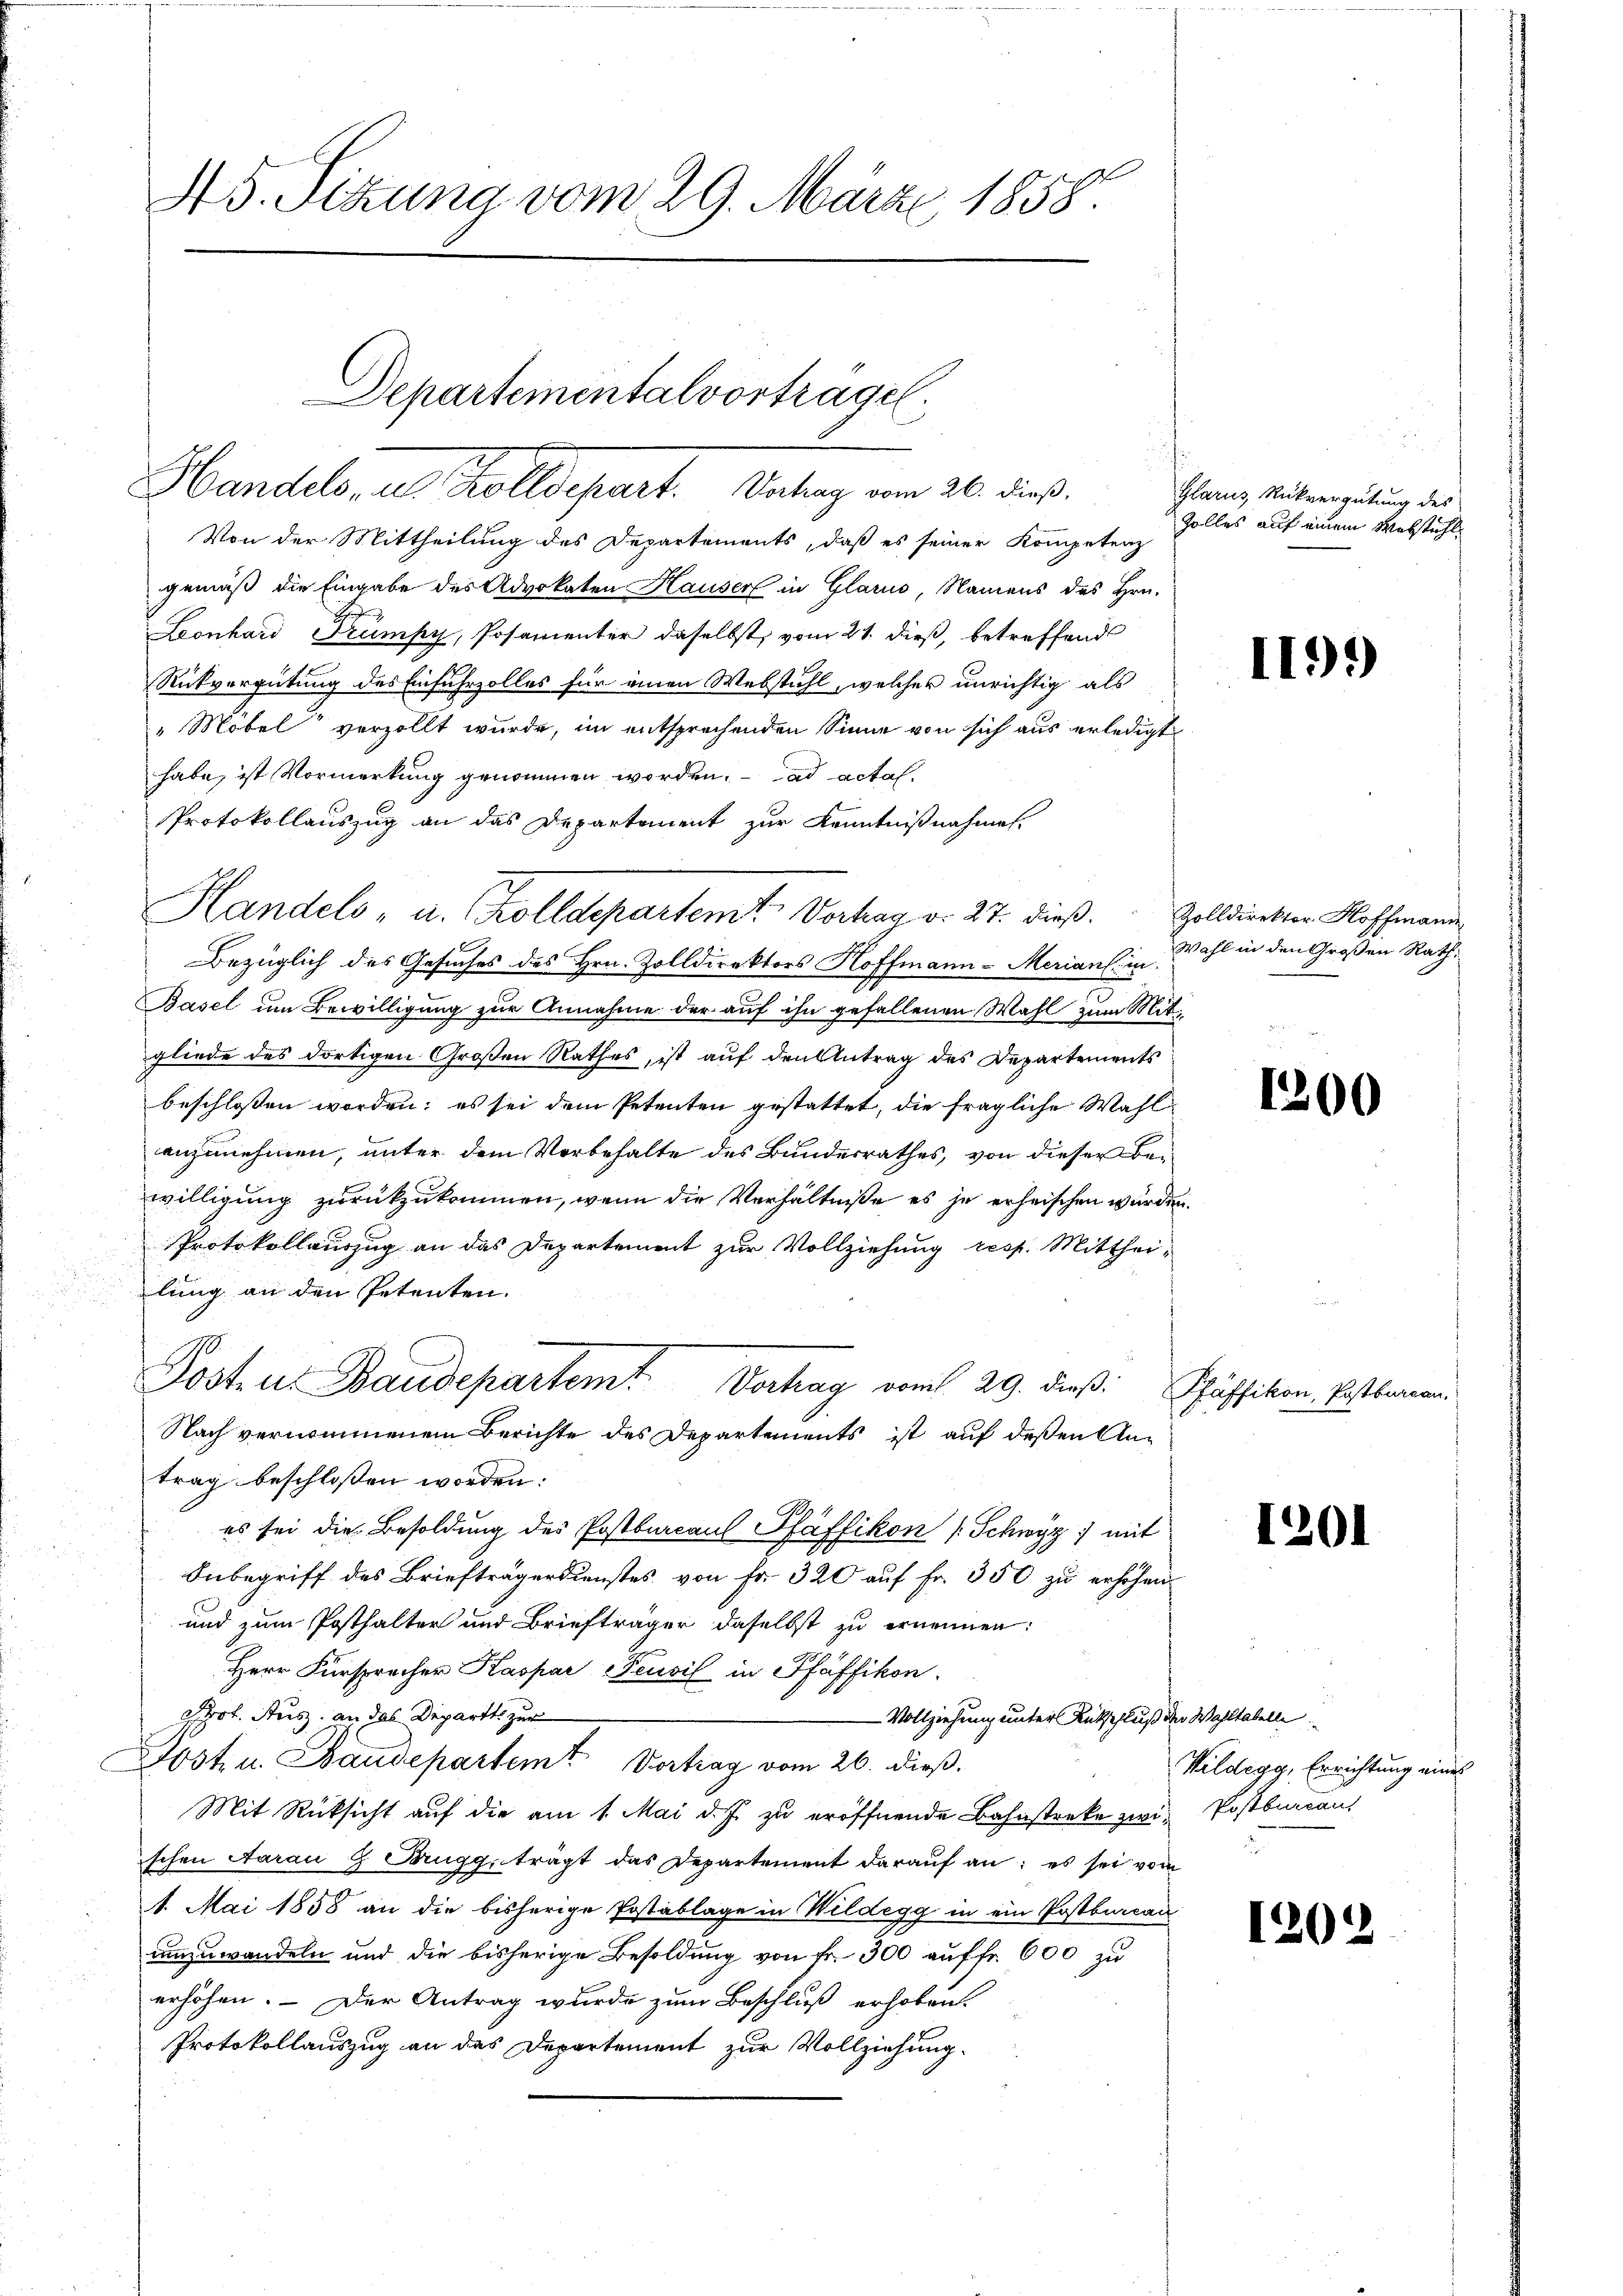
Von der Mittheilung des Departements, daß es seiner Kompetenz
gemäß die Eingabe des Advokaten Hauser in Glarus, Namens des Hrn.
Leonhard Trumpy, Posamenter daselbst, vom 21. dieß, betreffend
Rückvergütung des Einfuhrzolles für einen Webstuhl, welcher unrichtig als
"Möbel verzollt wurde, im entsprechenden Sinne von sich aus erledigt
habe, ist Vormerkung genommen worden. ad actal-
Protokollauszug an das Departement zur Kenntnißnahmen.
Bezüglich des Gesuches des Hrn. Zolldirektors Hoffmann - Meriant in
Basel um Bewilligung zur Annahme der auf ihn gefallenen Wahl zum Mit-
gliede des dortigen Großen Rathes, ist auf den Antrag des Departements
beschlossen worden; es sei dem Petenten gestattet, die fragliche Wahlanzunehmen, unter dem Vorbehalte des Bundesrathes, von dieser Bewilligung zurückzukommen, wenn die Verhältniße es je erheischen würden.
Protokollauszug an das Departement zur Vollziehung resp. Mitthei-
lung an den Petenten.
Posten Baudepartemt
Vortrag vom 29. dieß:
f
Nach vernommenen Berichte des Departements ist auf deßen Antrag beschlossen worden:
es sei die Besoldung des Postburcaul Pfäffikon (Schwyz mit
Inbegriff des Briefträgerdienstes von Fr. 320 auf Fr. 350 zu erhöhen.
und zum Posthalter und Briefträger daselbst zu ernennen:
Herr Fürspracher Kaspar Feusil in Pfäffikon.
Prof. Rusz an das Depart zur
-Vollziehung unter Rückschluß der Wahltabelle
Jost u. Baudepartem Vortrag vom 26. dieß.
Mit Rücksicht auf die am 1. Mai d. J. zu eröffnende Bahnstreke zwei Postbureaus
schen Aarau G Prugg, trägt das Departement darauf an: es sei vom
1. Mai 1858 an die bisherige Postablage in Wildegg in ein Postburcan
umzuwandeln und die bisherige Besoldung von Fr. 300 auffr. 600 zu
erhöhen. – Der Antrag wurde zum Beschluß erhoben.
Protokollauszug an das Departement zur Vollziehung.

45. Sitzung vom 29. März 1858.

Departementalvortragen.
Handeliores Kollegiert. 10. der

Handels "a. Kolldepartem Vertrag d. 27. dieß. Zolldirekter Hoffmann

Glarus, Rückvergütung des
Zolles auf einem Webstahl

1199)

Wahl in den Großen Rath,

1200

Pfäffikon, Postbureau.

1201

Wildegg, Errichtung eine

120